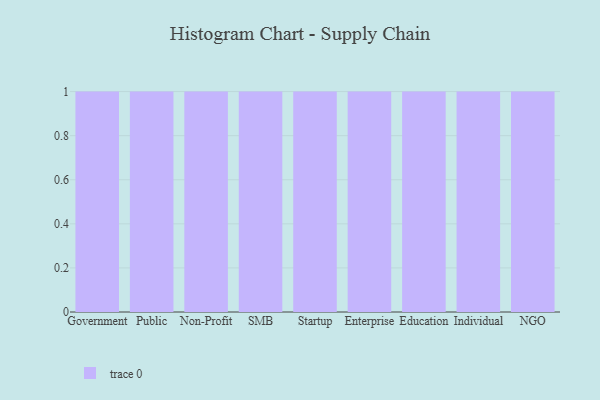
{"axis": {"x": "Segment", "y": "Latency (ms)"}, "legend": [""], "data": [{"x": "Government", "y": 55, "type": ""}, {"x": "Public", "y": 25, "type": ""}, {"x": "Non-Profit", "y": 76, "type": ""}, {"x": "SMB", "y": 90, "type": ""}, {"x": "Startup", "y": 96, "type": ""}, {"x": "Enterprise", "y": 28, "type": ""}, {"x": "Education", "y": 50, "type": ""}, {"x": "Individual", "y": 60, "type": ""}, {"x": "NGO", "y": 87, "type": ""}]}